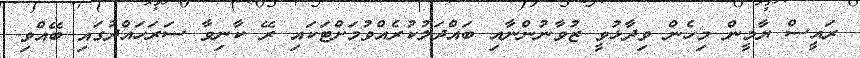
ރައީސް ޔާމީން މިހެން ވިދާޅުވީ ޒުވާނުންނާއި ބައްދަލުކުރެއްވުމަށްޓަކައި ރޭ ކާނިވާ ސަރަހައްދުގައި ބޭއްވި